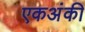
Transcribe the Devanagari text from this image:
एकअंकी